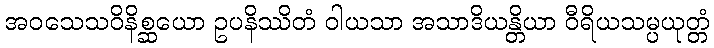
အဝသေသဝိနိစ္ဆယော ဥပနိဿိတံ ဝါယသာ အသာဒိယန္တိယာ ဝီရိယသမ္ပယုတ္တံ